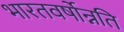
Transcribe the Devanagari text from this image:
भारतवर्षोन्नति